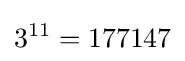
3^{11}=177147